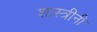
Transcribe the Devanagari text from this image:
शास्त्रीनी